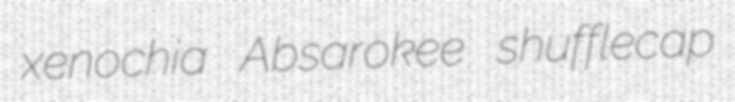
xenochia Absarokee shufflecap